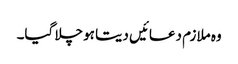
وہ ملازم دعائیں دیتا ہو چلا گیا۔